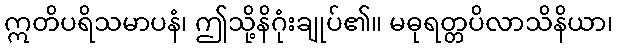
ဣတိပရိသမာပနံ၊ ဤသို့နိဂုံးချုပ်၏။ မဓုရတ္တပိလာသိနိယာ၊